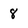
Character: 8